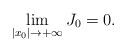
LaTeX: \begin{align*}\lim_{\vert x_{0} \vert\rightarrow +\infty}J_{0} = 0.\end{align*}